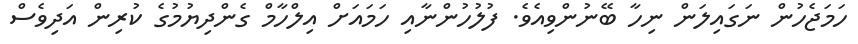
ހަމަޖެހުން ނަގައިލަން ނިހާ ބޭނުންވިއެވެ. ފުލުހުންނާއި ހަމައަށް އިލްހާމް ގެންދިޔުމުގެ ކުރިން އަދިވެސް